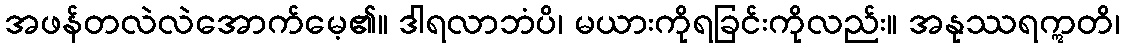
အဖန်တလဲလဲအောက်မေ့၏။ ဒါရလာဘံပိ၊ မယားကိုရခြင်းကိုလည်း။ အနုဿရဣတိ၊